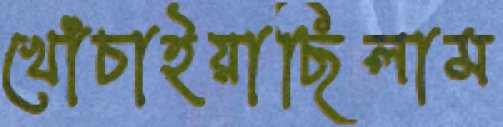
খোঁচাইয়াছিলাম